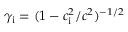
\gamma _ { \mathrm { i } } = ( 1 - c _ { \mathrm { i } } ^ { 2 } / c ^ { 2 } ) ^ { - 1 / 2 }